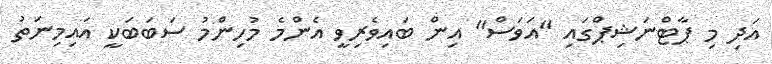
އަދި މި ޕާޓްނަޝިޕްގައި "އަވަސް" އިން ބައިވެރިވީ އެންމެ މުހިންމު ސަބަބަކީ އައިމިނަތު